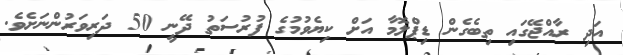
އަދި ރާއްޖޭގައި ތިބެގެން ޑިޕްލޮމާ އަށް ކިޔެވުމުގެ ފުރުސަތު ދޭނީ 50 ދަރިވަރުންނަށެވެ.